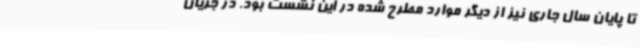
تا پایان سال جاری نیز از دیگر موارد مطرح شده در این نشست بود. در جریان